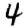
Digit: 4